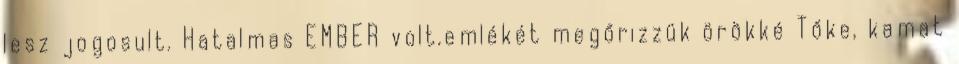
lesz jogosult. Hatalmas EMBER volt.emlékét megőrizzük örökké Tőke, kamat